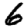
Digit: 6